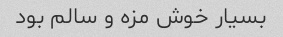
بسیار خوش مزه و سالم بود